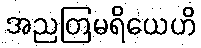
အညတြမရိယေဟိ